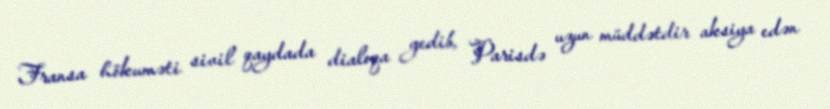
Fransa hökuməti sivil qaydada dialoqa gedib, Parisdə uzun müddətdir aksiya edən